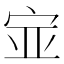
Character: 𫳃